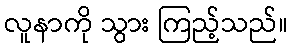
လူနာကို သွား ကြည့်သည်။